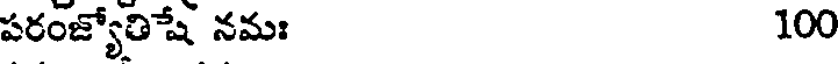
పరంజ్యోతిషే నమః 100